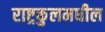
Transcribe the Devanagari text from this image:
राष्ट्रकुलमधील